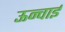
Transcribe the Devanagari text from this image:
ऊन्चाई